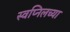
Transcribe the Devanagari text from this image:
स्वप्निलच्या